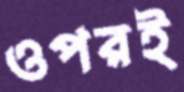
ওপরই